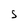
Character: S